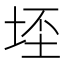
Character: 𭎠